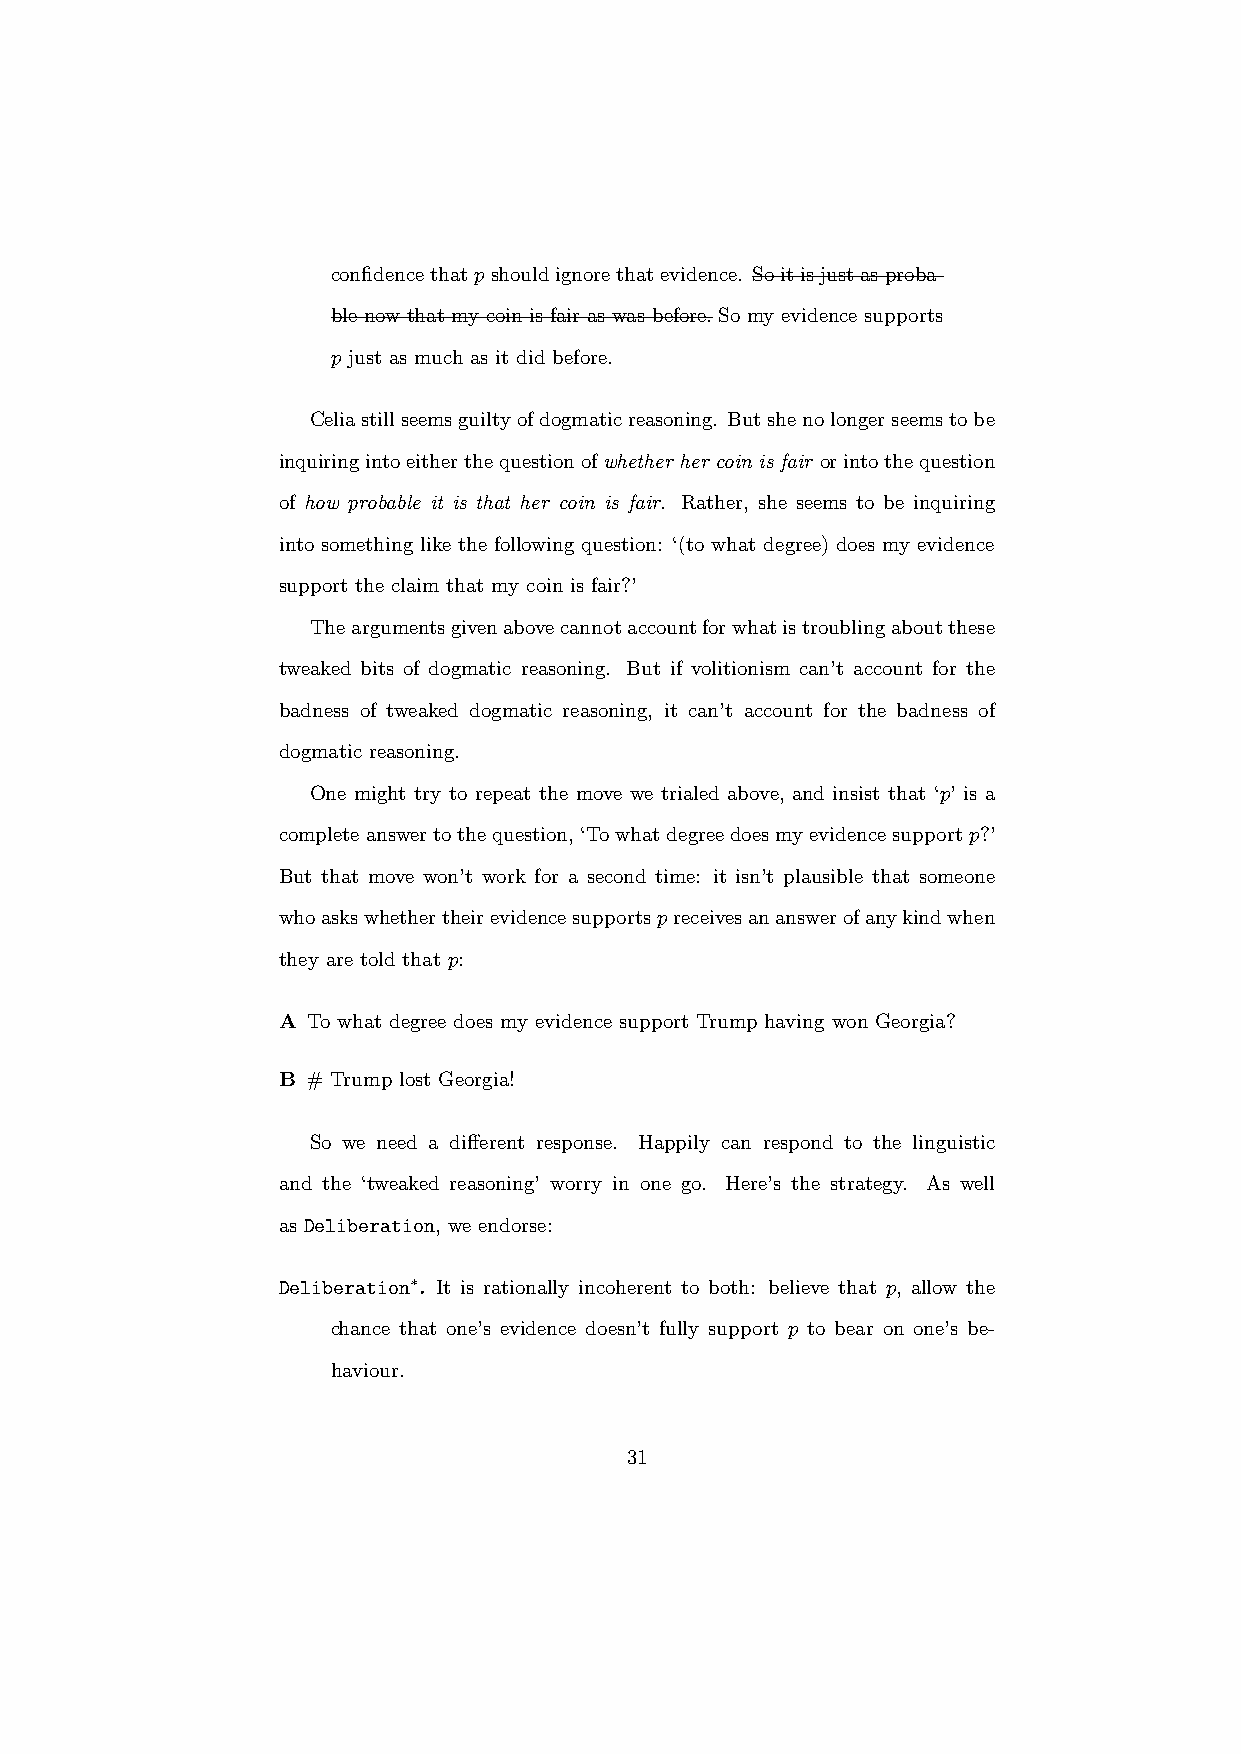
confidencethatpshouldignorethatevidence. Soitisjustasproba-
 ble now that my coin is fair as was before. So my evidence supports
 p just as much as it did before.
 Celiastillseemsguiltyofdogmaticreasoning. Butshenolongerseemstobe
 inquiringintoeitherthequestionofwhether her coin is fair orintothequestion
 of how probable it is that her coin is fair. Rather, she seems to be inquiring
 into something like the following question: ‘(to what degree) does my evidence
 support the claim that my coin is fair?’
 Theargumentsgivenabovecannotaccountforwhatistroublingaboutthese
 tweaked bits of dogmatic reasoning. But if volitionism can’t account for the
 badness of tweaked dogmatic reasoning, it can’t account for the badness of
 dogmatic reasoning.
 One might try to repeat the move we trialed above, and insist that ‘p’ is a
 completeanswertothequestion,‘Towhatdegreedoesmyevidencesupportp?’
 But that move won’t work for a second time: it isn’t plausible that someone
 whoaskswhethertheirevidencesupportspreceivesananswerofanykindwhen
 they are told that p:
 A To what degree does my evidence support Trump having won Georgia?
 B # Trump lost Georgia!
 So we need a different response. Happily can respond to the linguistic
 and the ‘tweaked reasoning’ worry in one go. Here’s the strategy. As well
 as Deliberation, we endorse:
 Deliberation∗. It is rationally incoherent to both: believe that p, allow the
 chance that one’s evidence doesn’t fully support p to bear on one’s be-
 haviour.
 31